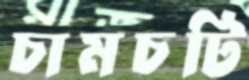
চামচটি